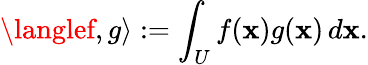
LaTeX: \langlef,g\rangle:=\int_{U}f(\mathbf{x})g(\mathbf{x})\, d\mathbf{x}.